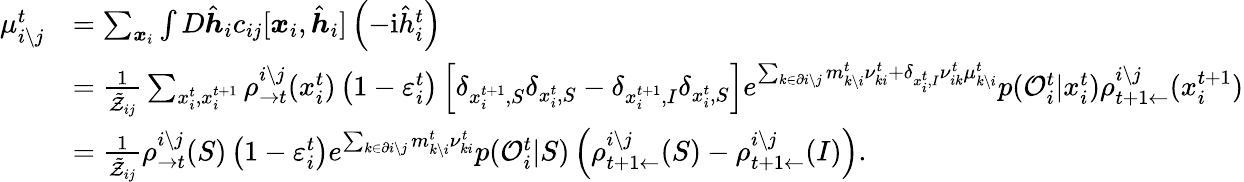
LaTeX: \begin{array}{rl}{\mu_{i\setminus j}^{t}}&{=\sum_{\boldsymbol{x}_{i}}\int D\hat{\boldsymbol{h}}_{i}c_{ij}[\boldsymbol{x}_{i},\hat{\boldsymbol{h}}_{i}]\left(-\mathrm{i}\hat{h}_{i}^{t}\right)}\\ &{=\frac{1}{\tilde{\mathcal{Z}}_{ij}}\sum_{x_{i}^{t},x_{i}^{t+1}}\rho_{\rightarrow t}^{i\setminus j}(x_{i}^{t})\left(1-\varepsilon_{i}^{t}\right)\left[\delta_{x_{i}^{t+1},S}\delta_{x_{i}^{t},S}-\delta_{x_{i}^{t+1},I}\delta_{x_{i}^{t},S}\right]e^{\sum_{k\in\partial i\setminus j}m_{k\setminus i}^{t}\nu_{ki}^{t}+\delta_{x_{i}^{t},I}\nu_{ik}^{t}\mu_{k\setminus i}^{t}}p(\mathcal{O}_{i}^{t}|x_{i}^{t})\rho_{t+1\leftarrow}^{i\setminus j}(x_{i}^{t+1})}\\ &{=\frac{1}{\tilde{\mathcal{Z}}_{ij}}\rho_{\rightarrow t}^{i\setminus j}(S)\left(1-\varepsilon_{i}^{t}\right)e^{\sum_{k\in\partial i\setminus j}m_{k\setminus i}^{t}\nu_{ki}^{t}}p(\mathcal{O}_{i}^{t}|S)\left(\rho_{t+1\leftarrow}^{i\setminus j}(S)-\rho_{t+1\leftarrow}^{i\setminus j}(I)\right).}\end{array}